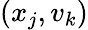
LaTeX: (x_{j},v_{k})